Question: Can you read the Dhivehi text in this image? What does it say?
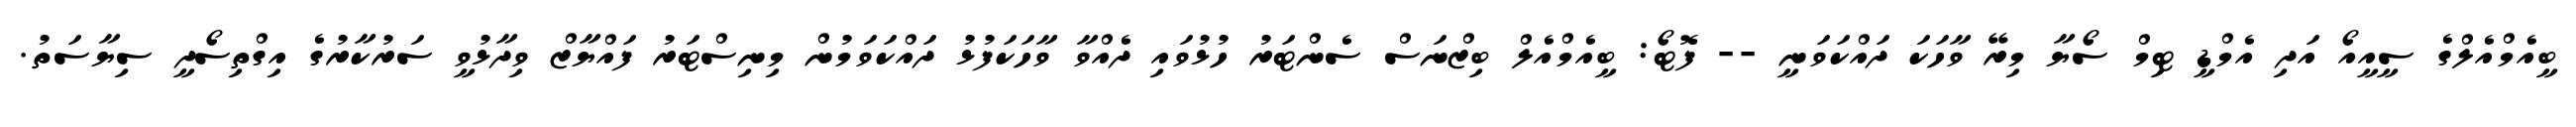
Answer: ބީއެމްއެލްގެ ސީއީއޯ އަދި އެމްޑީ ޓިމް ސޯޔާ މިރޭ ވާހަކަ ދައްކަވަނީ -- ފޮޓޯ: ބީއެމްއެލް ބިޒްނަސް ސެންޓަރު ހުޅުވައި ދެއްވާ ވާހަކަފުޅު ދައްކަވަމުން މިނިސްޓަރު ފައްޔާޒް ވިދާޅުވީ ސަރުކާރުގެ އިގްތިސޯދީ ސިޔާސަތު.